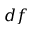
d f